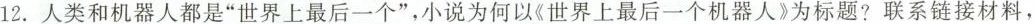
12.人类和机器人都是“世界上最后一个”，小说为何以“世界上最后一个机器人”为标题?联系衔接材料，